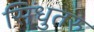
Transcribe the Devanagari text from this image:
सिंधुतरु